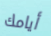
أيامك